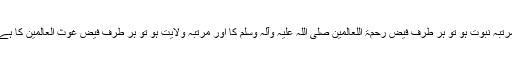
مرتبہ نبوت ہو تو ہر طرف فیض رحمۃ اللعالمین صلی اللہ علیہ وآلہ وسلم کا اور مرتبہ ولایت ہو تو ہر طرف فیض غوث العالمین کا ہے۔